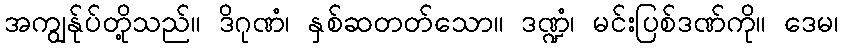
အကျွန်ုပ်တို့သည်။ ဒိဂုဏံ၊ နှစ်ဆတတ်သော။ ဒဏ္ဍံ၊ မင်းပြစ်ဒဏ်ကို။ ဒေမ၊